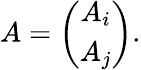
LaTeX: A=\left(\begin{array}{c}{{A_{i}}}\\ {{A_{j}}}\end{array}\right).